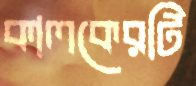
কালকেরটি